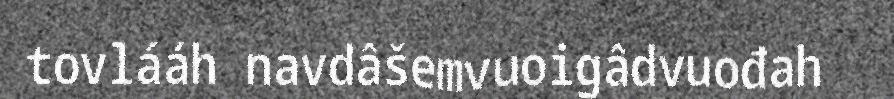
tovlááh navdâšemvuoigâdvuođah